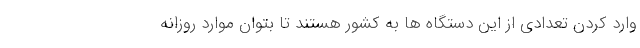
وارد کردن تعدادی از این دستگاه ها به کشور هستند تا بتوان موارد روزانه